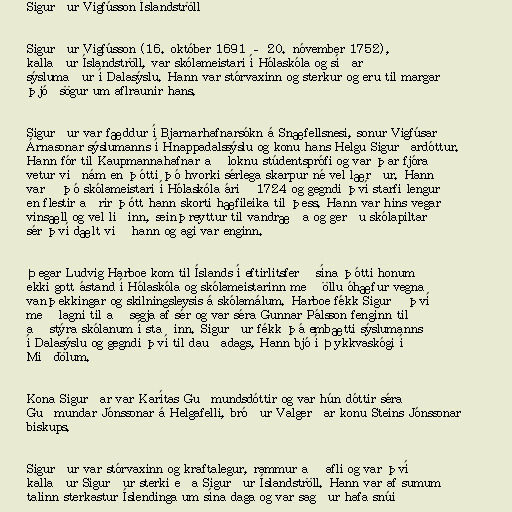
Sigurður Vigfússon Íslandströll

Sigurður Vigfússon (16. október 1691 – 20. nóvember 1752),
kallaður Íslandströll, var skólameistari í Hólaskóla og síðar
sýslumaður í Dalasýslu. Hann var stórvaxinn og sterkur og eru til margar
þjóðsögur um aflraunir hans.

Sigurður var fæddur í Bjarnarhafnarsókn á Snæfellsnesi, sonur Vigfúsar
Árnasonar sýslumanns í Hnappadalssýslu og konu hans Helgu Sigurðardóttur.
Hann fór til Kaupmannahafnar að loknu stúdentsprófi og var þar fjóra
vetur viðnám en þótti þó hvorki sérlega skarpur né vel lærður. Hann
varð þó skólameistari í Hólaskóla árið 1724 og gegndi því starfi lengur
en flestir aðrir þótt hann skorti hæfileika til þess. Hann var hins vegar
vinsæll og vel liðinn, seinþreyttur til vandræða og gerðu skólapiltar
sér því dælt við hann og agi var enginn.

Þegar Ludvig Harboe kom til Íslands í eftirlitsferð sína þótti honum
ekki gott ástand í Hólaskóla og skólameistarinn með öllu óhæfur vegna
vanþekkingar og skilningsleysis á skólamálum. Harboe fékk Sigurð því
með lagni til að segja af sér og var séra Gunnar Pálsson fenginn til
að stýra skólanum í staðinn. Sigurður fékk þá embætti sýslumanns
í Dalasýslu og gegndi því til dauðadags, Hann bjó í Þykkvaskógi í
Miðdölum.

Kona Sigurðar var Karítas Guðmundsdóttir og var hún dóttir séra
Guðmundar Jónssonar á Helgafelli, bróður Valgerðar konu Steins Jónssonar
biskups.

Sigurður var stórvaxinn og kraftalegur, rammur að afli og var því
kallaður Sigurður sterki eða Sigurður Íslandströll. Hann var af sumum
talinn sterkastur Íslendinga um sína daga og var sagður hafa snúið